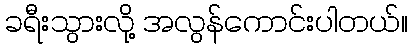
ခရီးသွားလို့ အလွန်ကောင်းပါတယ်။